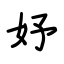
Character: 妤